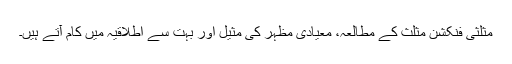
مثلثی فنکشن مثلث کے مطالعہ، معیادی مظہر کی مثیل اور بہت سے اطلاقیہ میں کام آتے ہیں۔